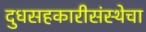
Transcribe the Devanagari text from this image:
दुधसहकारीसंस्थेचा